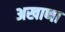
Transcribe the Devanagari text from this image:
अखाणा